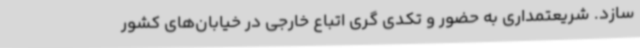
سازد. شریعتمداری به حضور و تکدی گری اتباع خارجی در خیابان‌های کشور